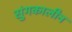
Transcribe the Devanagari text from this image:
सुंगकालीन